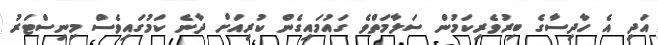
އަދި އެ ހާދިސާގެ ބިރުވެރިކަމުން ސަލާމަތްވެ ގައުމައިގެން ކުރިއަށް ދާނެ ކަމުގައިވެސް މިނިސްޓަރު